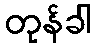
တုန်ခါ